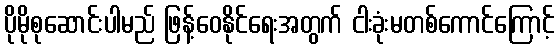
ပိုမိုစုဆောင်းပါမည် ဖြန့်ဝေနိုင်ရေးအတွက် ငါးခုံးမတစ်ကောင်ကြောင့်